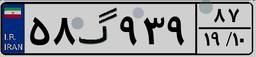
۵۸گ۹۳۹۸۷